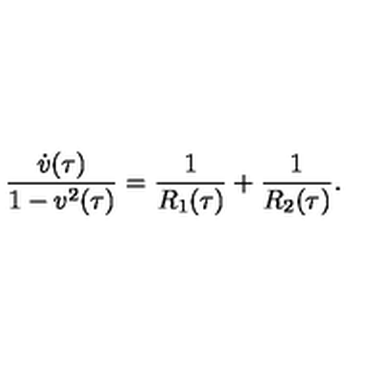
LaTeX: \frac { \dot { v } ( \tau ) } { 1 - v ^ { 2 } ( \tau ) } = \frac { 1 } { R _ { 1 } ( \tau ) } + \frac { 1 } { R _ { 2 } ( \tau ) } .